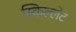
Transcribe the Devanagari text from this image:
स्किल्लेट